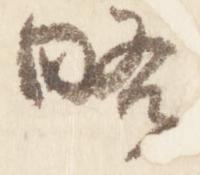
略